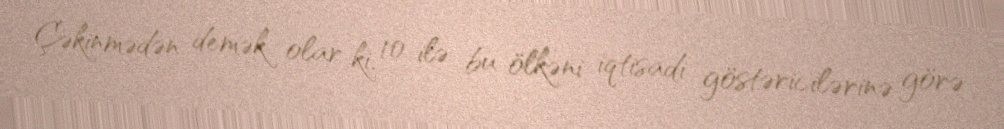
Çəkinmədən demək olar ki, 10 ilə bu ölkəni iqtisadi göstəricilərinə görə